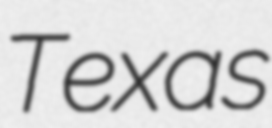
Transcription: Texas